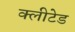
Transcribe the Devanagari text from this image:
क्लीटेड